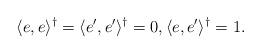
LaTeX: \begin{align*} \langle e, e \rangle^{\dagger} = \langle e', e' \rangle^{\dagger} = 0, \langle e, e' \rangle^{\dagger} = 1.\end{align*}